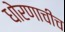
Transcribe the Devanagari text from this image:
धोरणाचीच